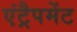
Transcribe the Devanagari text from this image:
एंट्रैपमेंट